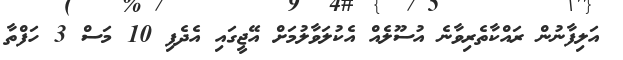
އަލިފާނުން ރައްކާތެރިވާނެ އުސޫލެއް އެކުލަވާލުމަށް އޭޖީގައި އެދެފި 10 މަސް 3 ހަފްތާ